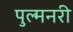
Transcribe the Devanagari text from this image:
पुल्मनरी